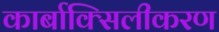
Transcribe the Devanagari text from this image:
कार्बाक्सिलीकरण